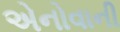
એનોવાની